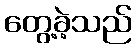
တွေ့ခဲ့သည်